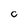
Character: C